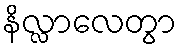
နိလ္လာလေတွာ